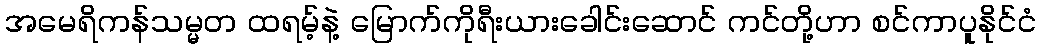
အမေရိကန်သမ္မတ ထရမ့်နဲ့ မြောက်ကိုရီးယားခေါင်းဆောင် ကင်တို့ဟာ စင်ကာပူနိုင်ငံ